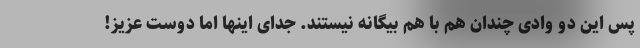
پس این دو وادی چندان هم با هم بیگانه نیستند. جدای اینها اما دوست عزیز!